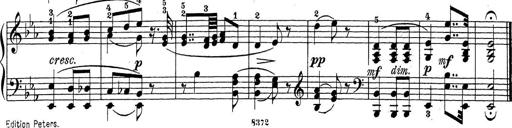
Title: Sonatina Album
Composer: Louis KÃ¶hler